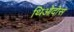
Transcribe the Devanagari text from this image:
थिओदोस